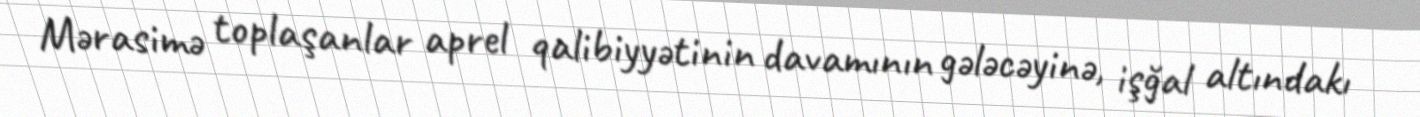
Mərasimə toplaşanlar aprel qalibiyyətinin davamının gələcəyinə, işğal altındakı